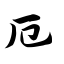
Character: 厄